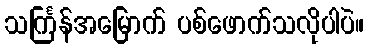
သင်္ကြန်အမြောက် ပစ်ဖောက်သလိုပါပဲ။